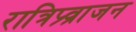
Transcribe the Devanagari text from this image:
रात्रिप्र्व्राजन